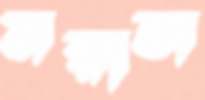
মরাজ